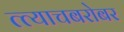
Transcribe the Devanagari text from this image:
त्त्याचबरोबर